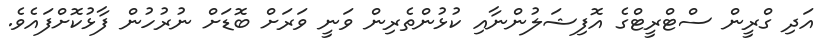
އަދި ގްރީން ސްޓްރީޓްގެ އޮފިޝަލުންނާއި ކުޅުންތެރިން ވަނީ ވަރަށް ބޮޑަށް ނުރުހުން ފާޅުކޮށްފައެވެ.